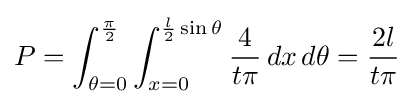
P=\int _{\theta =0}^{\frac {\pi }{2}}\int _{x=0}^{{\frac {l}{2}}\sin \theta }{\frac {4}{t\pi }}\,dx\,d\theta ={\frac {2l}{t\pi }}